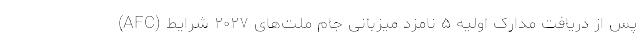
(AFC) پس از دریافت مدارک اولیه ۵ نامزد میزبانى جام ملت‌هاى ۲۰۲۷ شرایط